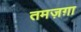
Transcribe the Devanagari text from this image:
तमज़ग़ा